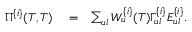
\begin{array} { r l r } { \Pi ^ { \{ i \} } ( T , T ) } & { { } = } & { \sum _ { u l } W _ { u } ^ { \{ i \} } ( T ) \Gamma _ { u l } ^ { \{ i \} } E _ { u l } ^ { \{ i \} } . } \end{array}